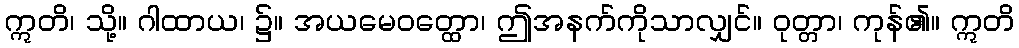
ဣတိ၊ သို့။ ဂါထာယ၊ ၌။ အယမေဝတ္ထော၊ ဤအနက်ကိုသာလျှင်။ ဝုတ္တာ၊ ကုန်၏။ ဣတိ